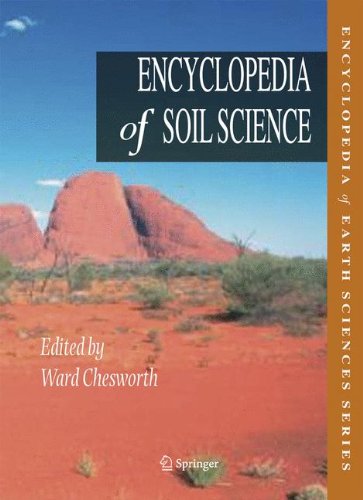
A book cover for Encyclopedia of Soil Science (Encyclopedia of Earth Sciences Series); Science & Math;